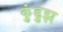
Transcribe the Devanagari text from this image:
कुंडुझ